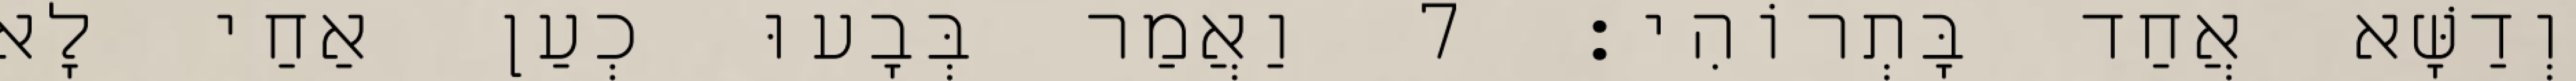
וְדַשָּׁא אֲחַד בָּתְרוֹהִי׃ 7 וַאֲמַר בְּבָעוּ כְעַן אַחַי לָא